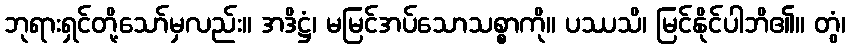
ဘုရားရှင်တို့သော်မှလည်း။ အဒိဋ္ဌံ၊ မမြင်အပ်သောသစ္စာကို။ ပဿသိ၊ မြင်နိုင်ပါဘိ၏။ တွံ၊